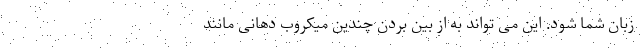
زبان شما شود. این می تواند به از بین بردن چندین میکروب دهانی مانند